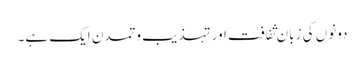
دونوں کی زبان ثفافت اور تہذیب وتمدن ایک ہے۔